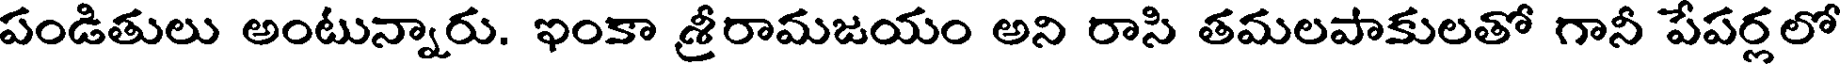
పండితులు అంటున్నారు. ఇంకా శ్రీరామజయం అని రాసి తమలపాకులతో గానీ పేపర్లలో